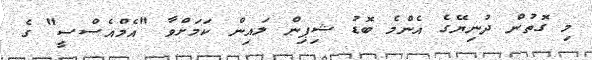
މި ގޮތުން ދުނިޔޭގެ އެންމެ ބޮޑު ޝިޕިން ލައިން ކަމަށްވާ "އެމްއެސްސީ" ގެ